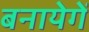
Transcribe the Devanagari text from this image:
बनायेगें